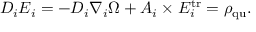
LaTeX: D _ { i } E _ { i } = - D _ { i } \nabla _ { i } \Omega + A _ { i } \times E _ { i } ^ { \mathrm { t r } } = \rho _ { \mathrm { q u } } .